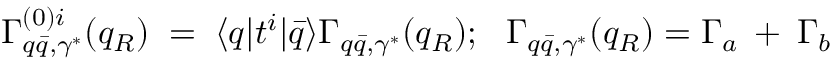
\Gamma _ { q \bar { q } , \gamma ^ { * } } ^ { ( 0 ) i } ( q _ { R } ) \; = \; \langle q | t ^ { i } | \bar { q } \rangle \Gamma _ { q \bar { q } , \gamma ^ { * } } ^ { } ( q _ { R } ) ; \: \: \: \Gamma _ { q \bar { q } , \gamma ^ { * } } ( q _ { R } ) = \Gamma _ { a } \: + \: \Gamma _ { b }